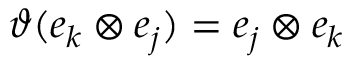
\vartheta ( e _ { k } \otimes e _ { j } ) = e _ { j } \otimes e _ { k }